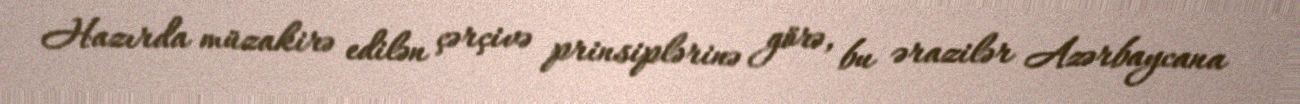
Hazırda müzakirə edilən çərçivə prinsiplərinə görə, bu ərazilər Azərbaycana